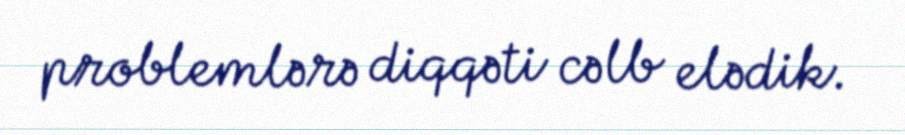
problemlərə diqqəti cəlb elədik.